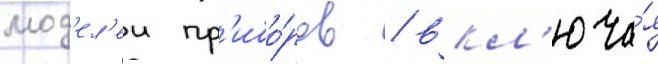
мод'ел'еи пр'ибо́ров / вкл'юча́я